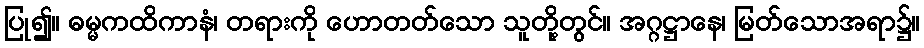
ပြု၍။ ဓမ္မကထိကာနံ၊ တရားကို ဟောတတ်သော သူတို့တွင်။ အဂ္ဂဋ္ဌာနေ၊ မြတ်သောအရာ၌။